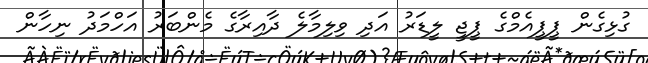
ގުޅިގެން ޕީޕީއެމްގެ ޕީޖީ ލީޑަރު އަދި ވިލިމާލެ ދާއިރާގެ މެންބަރު އަހްމަދު ނިހާން